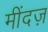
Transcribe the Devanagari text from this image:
मींदज़